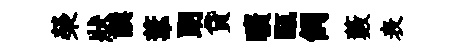
榮狀譔葦朗貸曠甌飼藪表